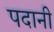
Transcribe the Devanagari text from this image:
पदानी